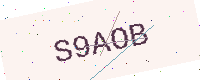
Text: S9AOB